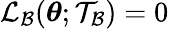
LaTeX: \mathcal{L}_{\mathcal{B}}(\boldsymbol{\theta};\mathcal{T}_{\mathcal{B}})=0